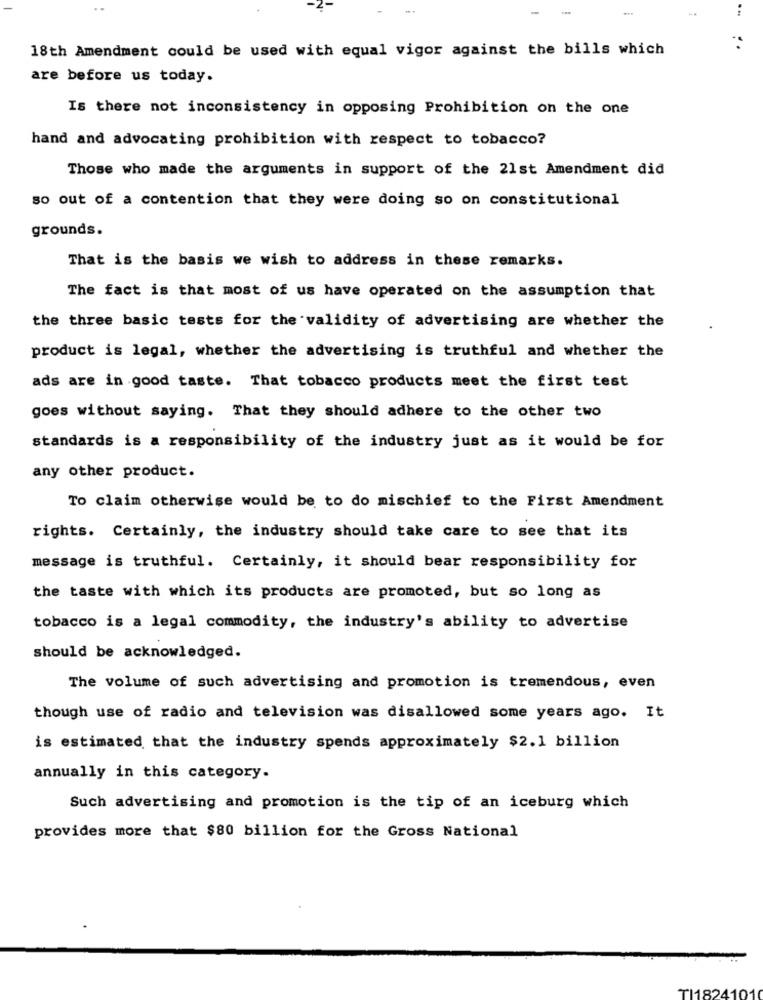
18th Amendment could be used with equal vigor against the bills which
are before us today.
Is there not inconsistency in opposing Prohibition on the one
hand and advocating prohibition with respect to tobacco?
Those who made the arguments in support of the 21st Amendment did
so out of a contention that they were doing so on constitutional
grounds.
That is the basis we wish to address in these remarks.
The fact is that most of us have operated on the assumption that
the three basic tests for the validity of advertising are whether the
product is legal, whether the advertising is truthful and whether the
ads are in good taste. That tobacco products meet the first test
goes without saying. That they should adhere to the other two
standards is a responsibility of the industry just as it would be for
any other product.
To claim otherwise would be to do mischief to the First Amendment
rights. Certainly, the industry should take care to see that its
message is truthful. Certainly, it should bear responsibility for
the taste with which its products are promoted, but so long as
tobacco is a legal commodity, the industry's ability to advertise
should be acknowledged.
The volume of such advertising and promotion is tremendous, even
though use of radio and television was disallowed some years ago. It
is estimated that the industry spends approximately $2.1 billion
annually in this category.
Such advertising and promotion is the tip of an iceburg which
provides more that $80 billion for the Gross National
TI182410